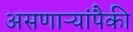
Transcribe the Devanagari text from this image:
असणाऱ्यांपैकी